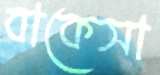
বাকেসা